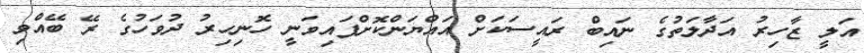
އަލީ ޒާހިރު އަދާލަތުގެ ނައިބް ރައީސަކަށް އައްޔަންކޮށްފައިވަނީ ހޮނިހިރު ދުވަހުގެ ރޭ ބޭއްވި